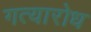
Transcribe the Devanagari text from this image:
गत्यारोध